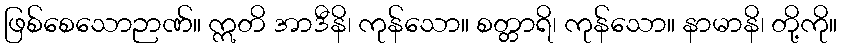
ဖြစ်စေသောဉာဏ်။ ဣတိ အာဒီနိ၊ ကုန်သော။ စတ္တာရိ၊ ကုန်သော။ နာမာနိ၊ တို့ကို။